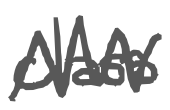
Text: class
Cross-out: zig-zag
Writing tool: digital_gray